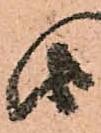
由